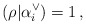
\begin{align*} (\rho|\alpha_i^\vee) = 1 \,,\end{align*}